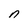
Character: n